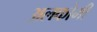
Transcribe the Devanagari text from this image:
अलकोमी